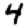
Digit: 4